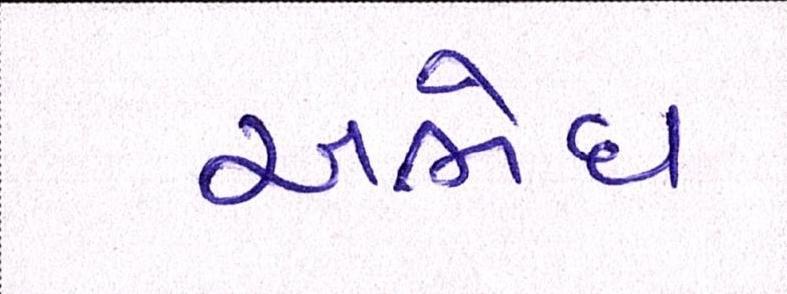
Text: અભેધ